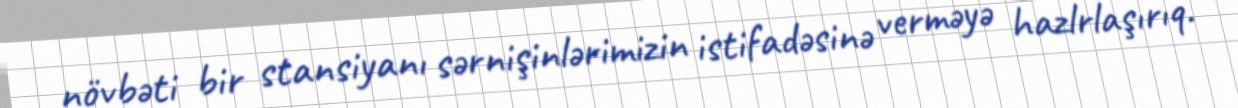
növbəti bir stansiyanı sərnişinlərimizin istifadəsinə verməyə hazlrlaşırıq.